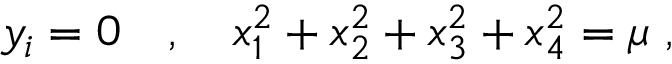
y _ { i } = 0 \quad , \quad x _ { 1 } ^ { 2 } + x _ { 2 } ^ { 2 } + x _ { 3 } ^ { 2 } + x _ { 4 } ^ { 2 } = \mu ~ ,